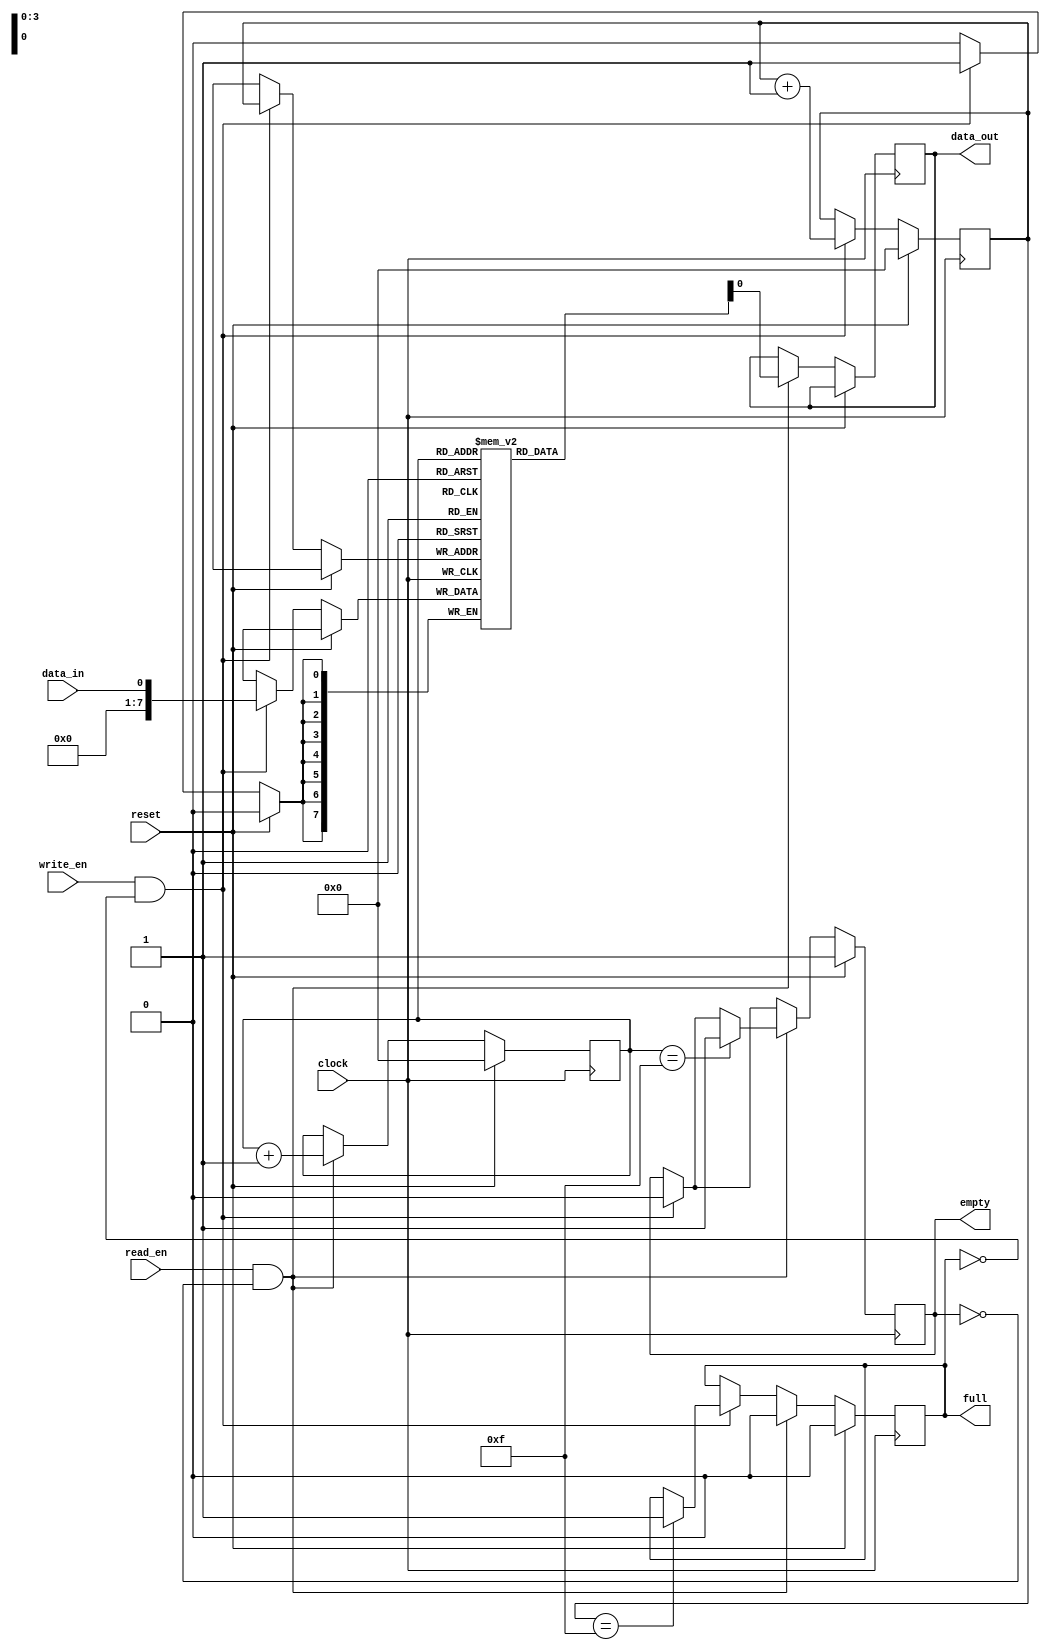
module synchronous_fifo (
    input wire clock,
    input wire reset,
    input wire write_en,
    input wire read_en,
    input wire data_in,
    output reg data_out,
    output wire full,
    output wire empty
);

reg [7:0] memory [0:15]; // creating a memory array of 16 bytes
reg [3:0] write_pointer; // write pointer to keep track of data being written
reg [3:0] read_pointer; // read pointer to keep track of data being read
reg full_flag, empty_flag; // flags to indicate if the FIFO is full or empty

always @(posedge clock) begin
    if (reset) begin
        write_pointer <= 4'b0000; // resetting write pointer
        read_pointer <= 4'b0000; // resetting read pointer
        full_flag <= 1'b0; // resetting full flag
        empty_flag <= 1'b1; // setting empty flag
    end else begin
        if (write_en && !full_flag) begin // writing data to FIFO
            memory[write_pointer] <= data_in;
            write_pointer <= write_pointer + 1;
            if (write_pointer == 4'b1111) begin
                full_flag <= 1'b1;
            end
            empty_flag <= 1'b0;
        end
        if (read_en && !empty_flag) begin // reading data from FIFO
            data_out <= memory[read_pointer];
            read_pointer <= read_pointer + 1;
            if (read_pointer == 4'b1111) begin
                empty_flag <= 1'b1;
            end
            full_flag <= 1'b0;
        end
    end
end

assign full = full_flag;
assign empty = empty_flag;

endmodule